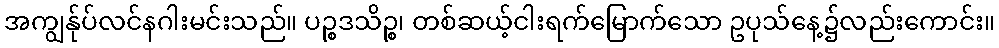
အကျွန်ုပ်လင်နဂါးမင်းသည်။ ပဉ္စဒသိဉ္စ၊ တစ်ဆယ့်ငါးရက်မြောက်သော ဥပုသ်နေ့၌လည်းကောင်း။